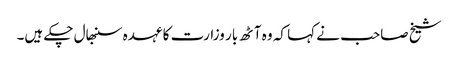
شیخ صاحب نے کہا کہ وہ آٹھ بار وزارت کا عہدہ سنبھال چکے ہیں۔